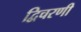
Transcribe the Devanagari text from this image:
द्विचरणी